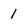
Character: 1